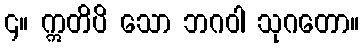
၄။ ဣတိပိ သော ဘဂဝါ သုဂတော။